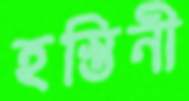
হস্তিনী